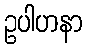
ဥပါဟနာ